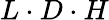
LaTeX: L\cdot D\cdot H